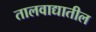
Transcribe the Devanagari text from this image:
तालवाद्यातील